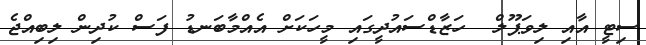
ސިޓީ އާއި ލިވަޕޫލް  ހަޒާޑްސައުދީގައި މީހަކަށް އެއްމާބަނޑު ފަސް ކުދިން ލިބިއްޖެ